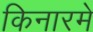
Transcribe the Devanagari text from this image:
किनारमे